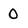
Character: 0